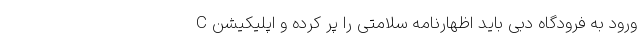
ورود به فرودگاه دبی باید اظهارنامه سلامتی را پر کرده و اپلیکیشن C